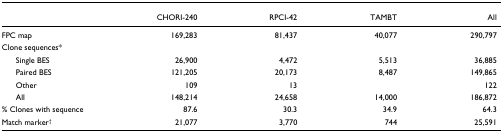
|  | CHORI-240 | RPCI-42 | TAMBT | All |
 | --- | --- | --- | --- | --- |
 | FPC map | 169,283 | 81,437 | 40,077 | 290,797 |
 | Clone sequences* |  |  |  |  |
 | Single BES | 26,900 | 4,472 | 5,513 | 36,885 |
 | Paired BES | 121,205 | 20,173 | 8,487 | 149,865 |
 | Other | 109 | 13 |  | 122 |
 | All | 148,214 | 24,658 | 14,000 | 186,872 |
 | % Clones with sequence | 87.6 | 30.3 | 34.9 | 64.3 |
 | Match marker† | 21,077 | 3,770 | 744 | 25,591 |